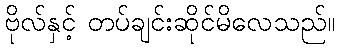
ဗိုလ်နှင့် တပ်ချင်းဆိုင်မိလေသည်။